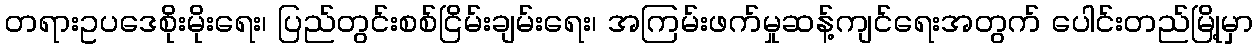
တရားဥပဒေစိုးမိုးရေး၊ ပြည်တွင်းစစ်ငြိမ်းချမ်းရေး၊ အကြမ်းဖက်မှုဆန့်ကျင်ရေးအတွက် ပေါင်းတည်မြို့မှာ